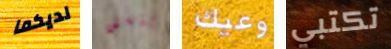
لديكما وينستن وعيك تكتبي